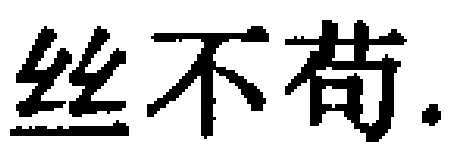
丝不苟.